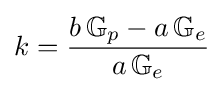
k={\frac {b\,\mathbb {G} _{p}-a\,\mathbb {G} _{e}}{a\,\mathbb {G} _{e}}}